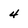
Character: 4